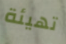
تهيئة